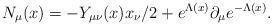
LaTeX: \begin{align*}N_{\mu}(x) = - Y_{\mu \nu}(x) x_{\nu}/2 +e^{\Lambda(x)}\partial_{\mu}e^{-\Lambda(x)}.\end{align*}